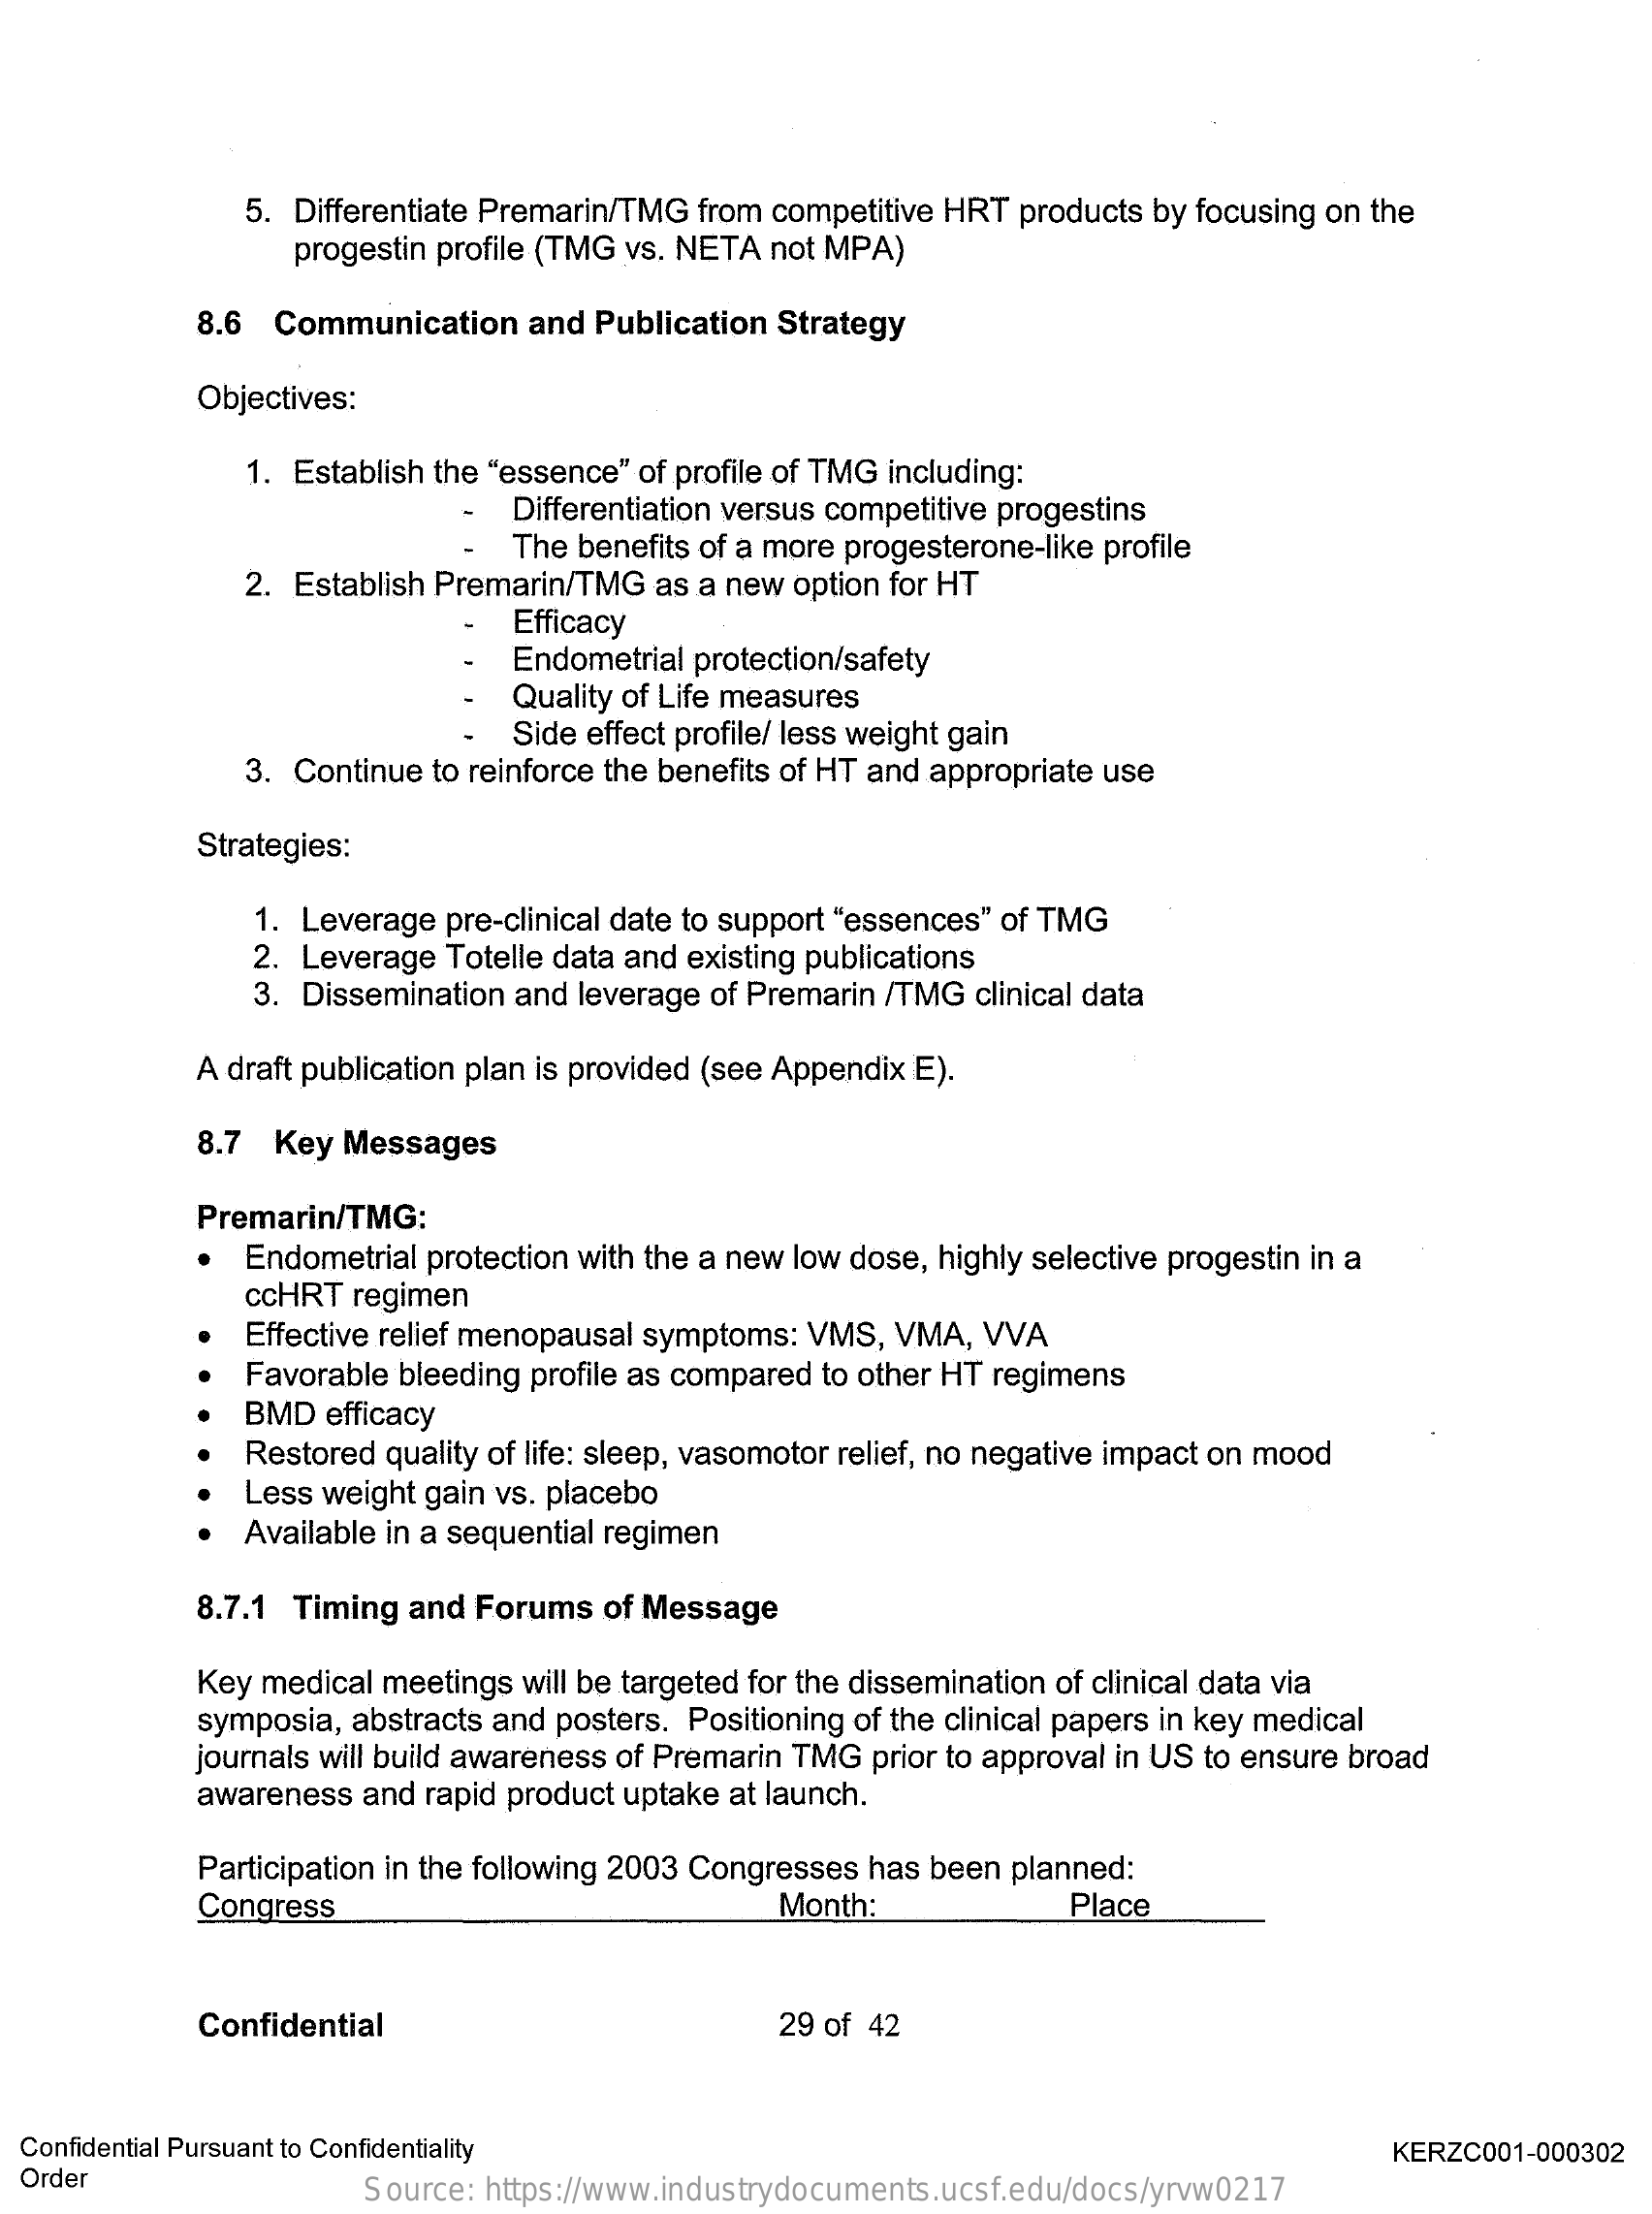
5. Differentiate Premarin/TMG from competitive HRT products by focusing on the
     progestin profile (TMG vs. NETA not MPA)
     8.6 Communication and Publication Strategy
     Objectives:
     1. Establish the "essence" of profile of TMG including:
     Differentiation versus competitive progestins
     The benefits of a more progesterone-like profile
     2. Establish Premarin/TMG as a new option for HT
     Efficacy
     Endometrial protection/safety
     Quality of Life measures
     Side effect profile/ less weight gain
     3. Continue to reinforce the benefits of HT and appropriate use
     Strategies:
     1. Leverage pre-clinical date to support "essences" of TMG
     2. Leverage Totelle data and existing publications
     3. Dissemination and leverage of Premarin /TMG clinical data
     A draft publication plan is provided (see Appendix E).
     8.7 Key Messages
     Premarin/TMG:
     Endometrial protection with the a new low dose, highly selective progestin in a
     ccHRT regimen
     Effective relief menopausal symptoms: VMS, VMA, VVA
     Favorable bleeding profile as compared to other HT regimens
     BMD  efficacy
     Restored quality of life: sleep, vasomotor relief, no negative impact on mood
     Less weight gain vs. placebo
     Available in a sequential regimen
     8.7.1 Timing and Forums of Message
     Key medical meetings will be targeted for the dissemination of clinical data via
     symposia, abstracts and posters. Positioning of the clinical papers in key medical
     journals will build awareness of Premarin TMG prior to approval in US to ensure broad
     awareness and rapid product uptake at launch.
     Participation in the following 2003 Congresses has been planned:
     Congress    Month:    Place
     Confidential    29 of 42
  Confidential Pursuant to Confidentiality
  Order
     KERZC001-000302
     Source: https://www.industrydocuments.ucsf.edu/docs/yrvw0217